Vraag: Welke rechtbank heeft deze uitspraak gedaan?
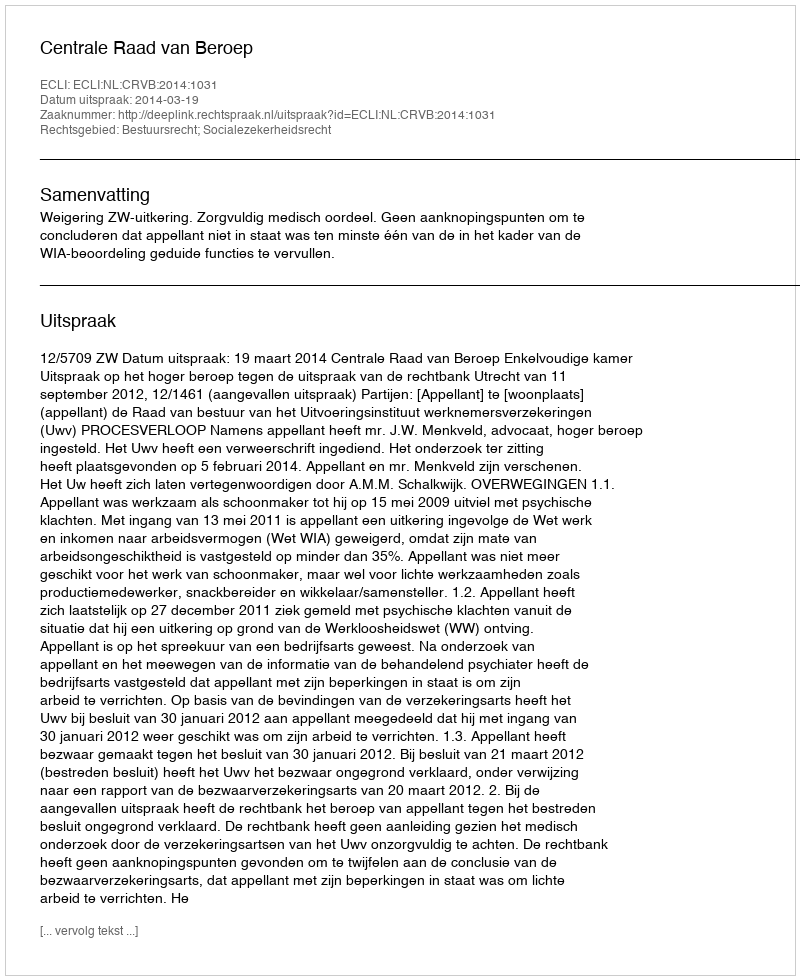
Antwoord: Centrale Raad van Beroep